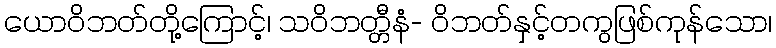
ယောဝိဘတ်တို့ကြောင့်၊ သဝိဘတ္တီနံ- ဝိဘတ်နှင့်တကွဖြစ်ကုန်သော၊